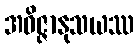
အဝိဇ္ဇာနုသယဿ